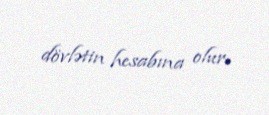
dövlətin hesabına olur.